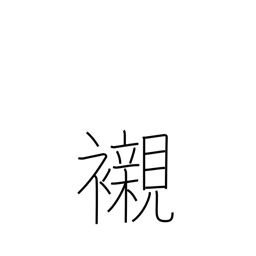
Meaning: underwear